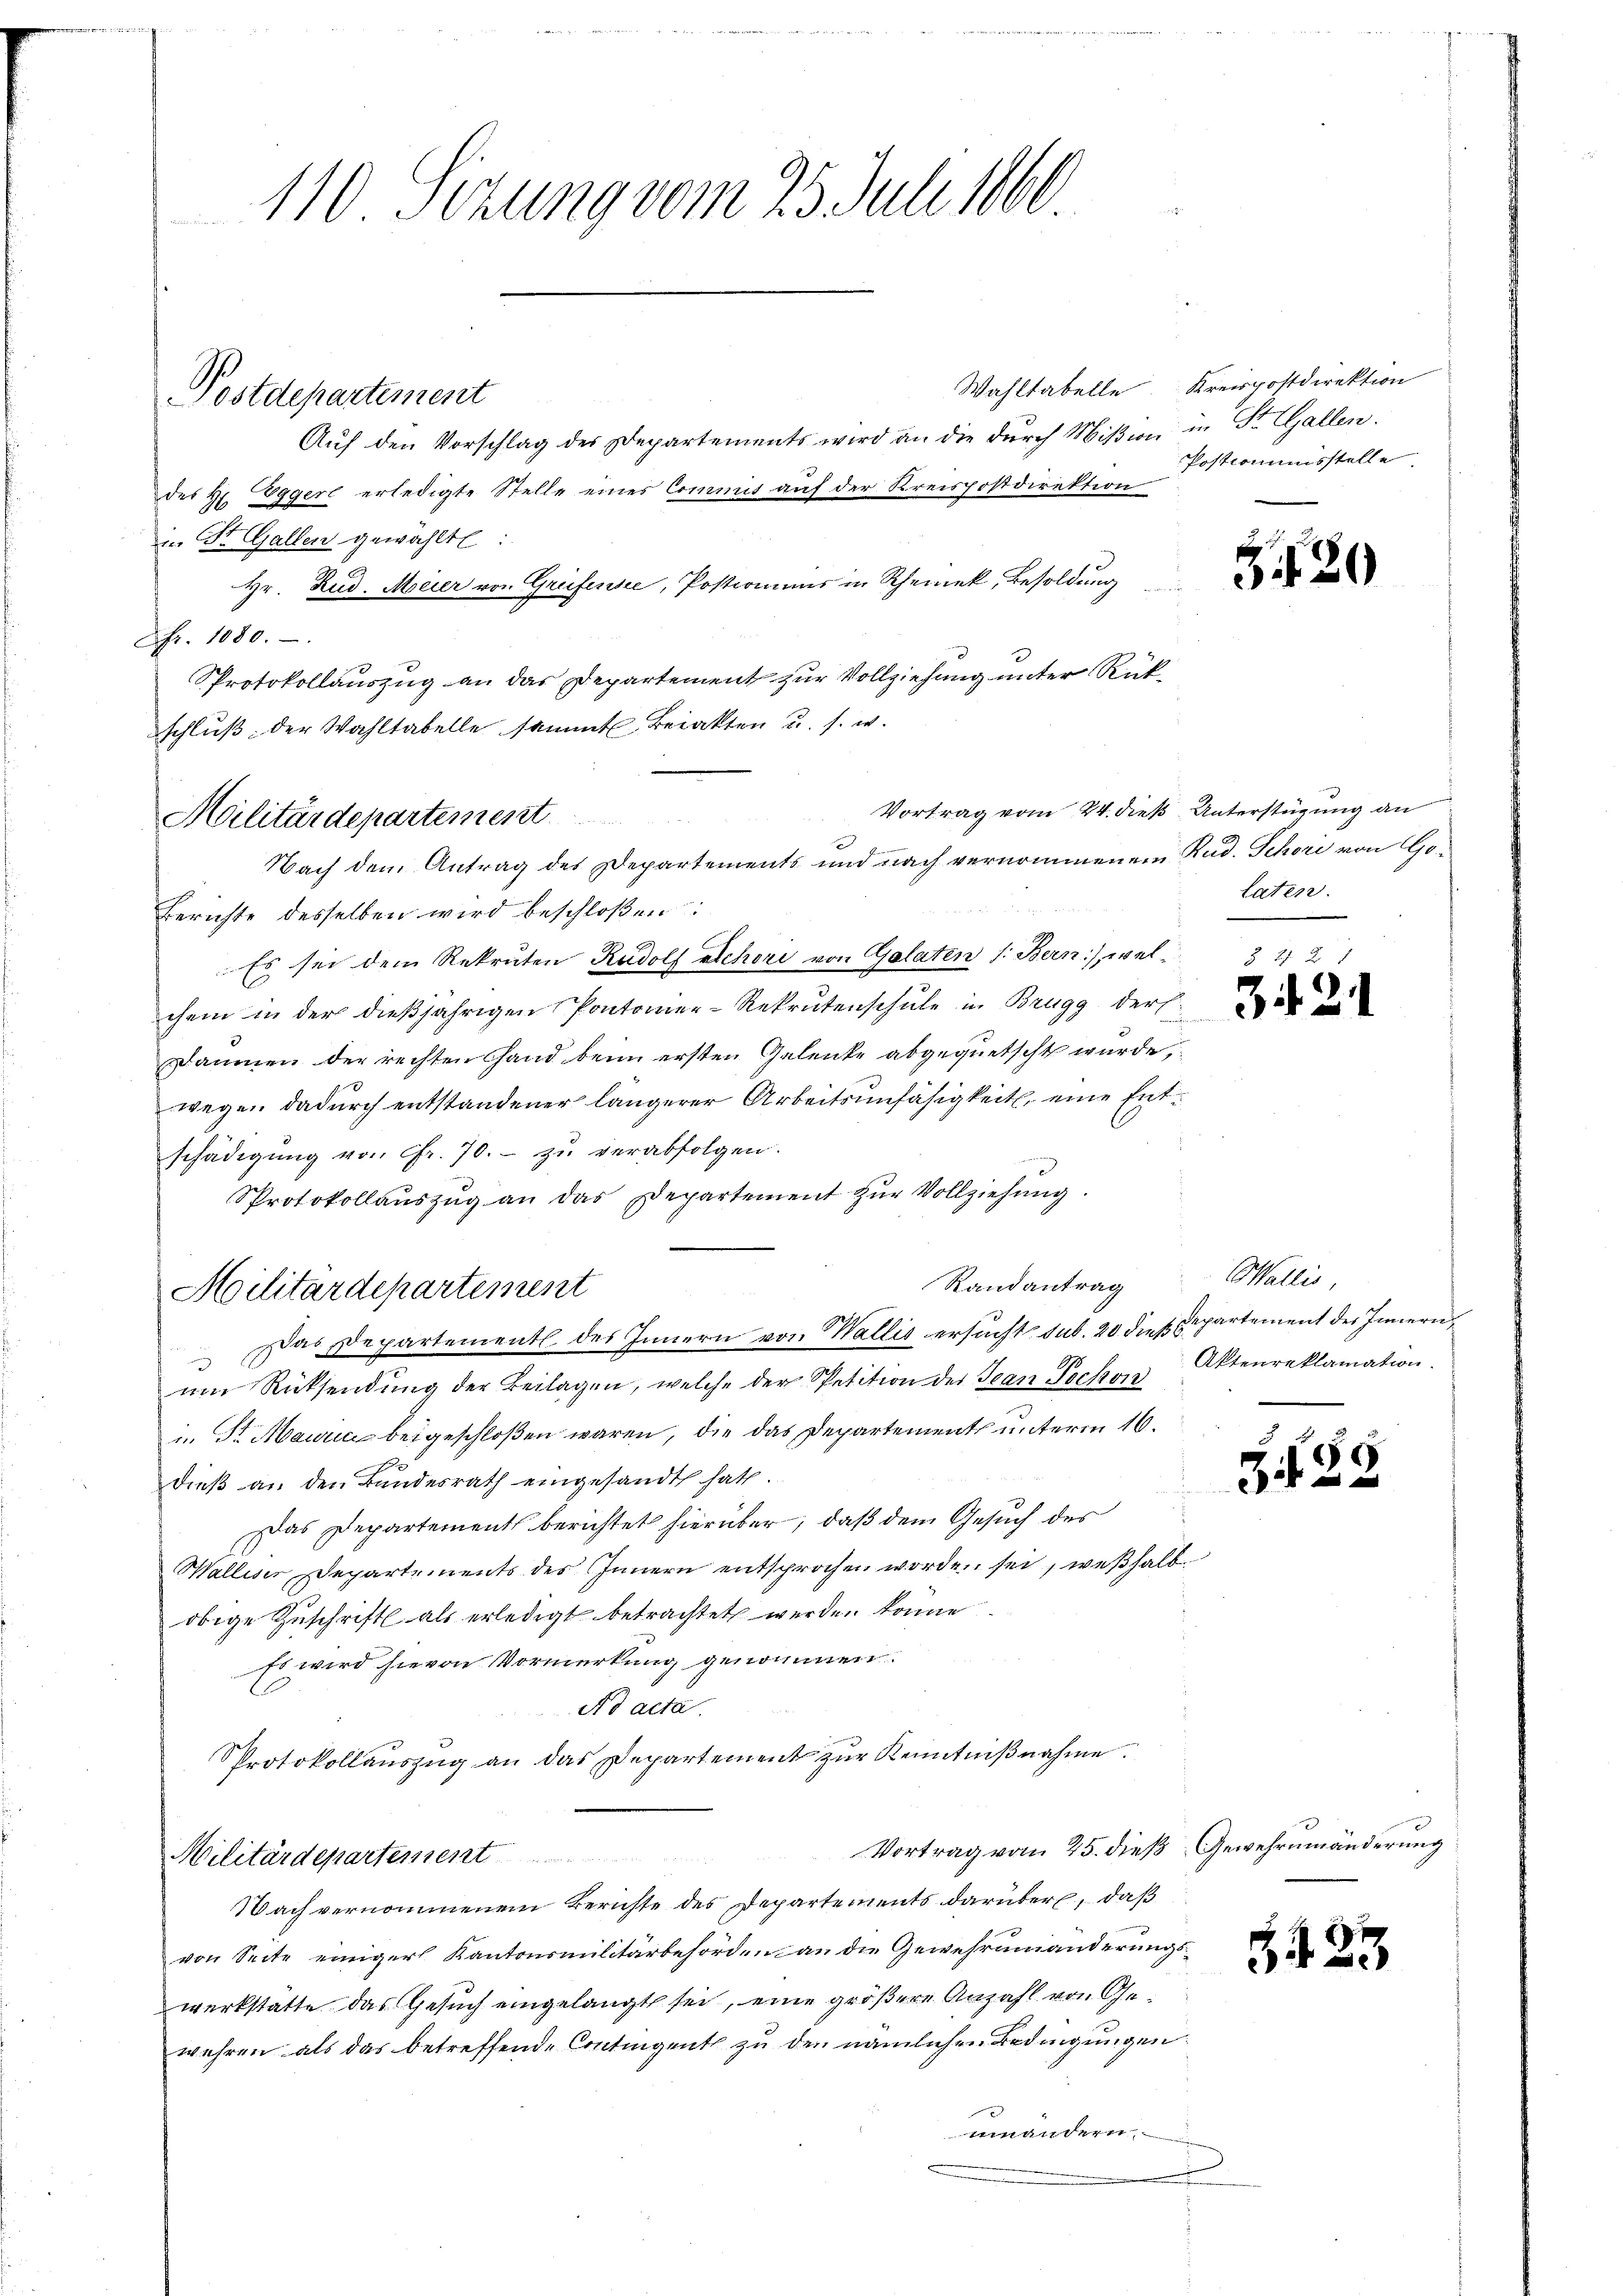
Wahltabelle
Aŭf den Vorschlag des Departements wird an die dŭrch Mißion in St. Gallen.
des Hr. Eggerl erledigte Stelle eines Commis auf der Kreispostdirektion
in Dr. Gallen gewählt:
Hr. Rud. Meier von Greifensee, Postromens in Rheinek, Besoldŭng
Nr. 1080.
Protokollauszug an das Departement zur Vollziehung unter Rückschlŭβ der Wahltabelle sammt Beiakten u. s. w.

Postdepartement

110 Sizung vom 25. Juli 1860

Militärdepartement
Nach dem Antrag des Departements und nach vernommenem Rud. Schori von Go¬

Berichte desselben wird beschloßen:
Es sei dem Rekruten Rudolf Schori von Gelaten 1. Bern), welchem in der dießjährigen Pontonier-Rekrutenschule in Brugg ders
Daunen der rechten Hand beim ersten Gelenke abgequetscht wurde,
wegen dadurch entstandener längerer Arbeitsunfähigkeit, eine Entschädigung von fr. 70. - zu verabfolgen.
Sprotokollaŭszŭg an das Departement zŭr Vollziehŭng.
Randantrag
Das Departement des Innern von Wallis ersucht sub. 20 dies Departement der Innern,
ŭm Rücksendŭng der Beilagen, welche der Petition der Jean Pechon Aktenreklamation.
Sr Mauric beigeschloßen waren, die das Departement unterm 16.
dieß an den Bundesrath eingesandt hat.
Das Departement berichtet hierüber, daß dem Gesuch des
Walliser Departements des Innern entsprochen worden sei, weßhalb
obige Zuschrift als erledigt betrachtet werden könne.
Es wird hievon Vormerkung genommen.
Ad acta.
Protokollauszug an das Departement zur Kenntnißnahme.
Vortrag vom 25. dieß Gewehrnmänderung
Militärdepartement
Nach vernommenem Berichte des Departements darüber, daß
von Seite einiger Kantonsmilitärbehörden an die Gewehrumänderungswerkstätte das Gesuch eingelangt sei, eine größere Anzahl von Gewehren als das betreffende Contingent zu den nämlichen Bedingungen.
uinandern.
d

Militärdepartement

Kreispostdirektion
Postcommisstelle.

320

Vortrag vom 24. dieß Untersteigung an
laten.

34. 21

Wallis,

e
8

.

23